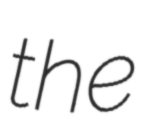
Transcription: the